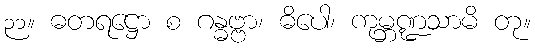
၃၁။ ဓတရဋ္ဌော စ ဂန္ဓဗ္ဗာ၊ ဓိပေါ၊ ကုမ္ဘဏ္ဍသာမိ တု။